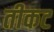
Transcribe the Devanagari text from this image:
तीकट